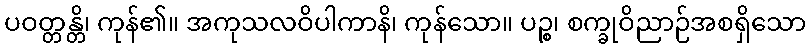
ပဝတ္တန္တိ၊ ကုန်၏။ အကုသလဝိပါကာနိ၊ ကုန်သော။ ပဉ္စ၊ စက္ခုဝိညာဉ်အစရှိသော